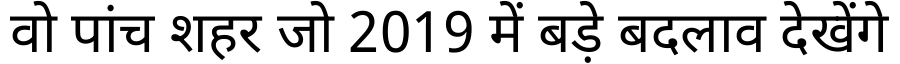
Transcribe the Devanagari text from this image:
वो पांच शहर जो 2019 में बड़े बदलाव देखेंगे